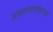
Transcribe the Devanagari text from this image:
अवतारानंतरच